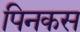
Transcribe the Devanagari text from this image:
पिनकस